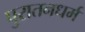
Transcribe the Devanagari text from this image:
पुरातनधर्म